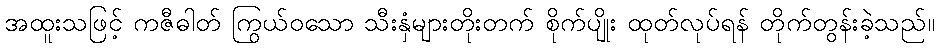
အထူးသဖြင့် ကဇီဓါတ် ကြွယ်ဝသော သီးနှံများတိုးတက် စိုက်ပျိုး ထုတ်လုပ်ရန် တိုက်တွန်းခဲ့သည်။